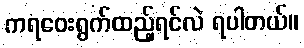
ကရဝေးရွက်ထည့်ရင်လဲ ရပါတယ်။